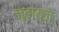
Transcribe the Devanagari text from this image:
ज्वायज़